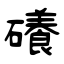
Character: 礢